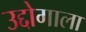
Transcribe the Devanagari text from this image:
उद्दोगाला